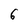
Character: 6